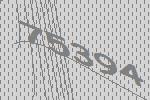
75394